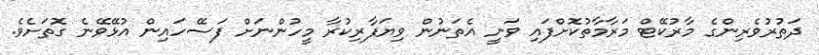
ދަތުރުވެރިންގެ މާރުކޭޓް މަރާމާތުކޮށްފައި ވަނީ އެތަނުން ވިޔަފާރިކުރާ މީހުންނަށް ފަސޭހައިން އުޅޭވޭނެ ގޮތަށެވެ.